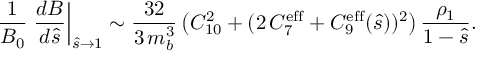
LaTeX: \frac { 1 } { { \cal B } _ { 0 } } \left. \frac { d { \cal B } } { d \hat { s } } \right| _ { \hat { s } \to 1 } \sim \frac { 3 2 } { 3 \, m _ { b } ^ { 3 } } \left( C _ { 1 0 } ^ { 2 } + ( 2 \, C _ { 7 } ^ { \mathrm { e f f } } + C _ { 9 } ^ { \mathrm { e f f } } ( \hat { s } ) ) ^ { 2 } \right) \frac { \rho _ { 1 } } { 1 - \hat { s } } .